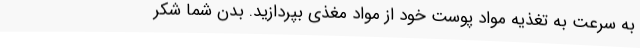
به سرعت به تغذیه مواد پوست خود از مواد مغذی بپردازید. بدن شما شکر